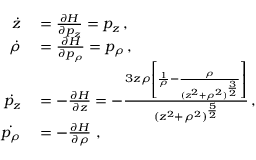
\begin{array} { r l } { \dot { z } } & { { } = \frac { \partial H } { \partial p _ { z } } = p _ { z } \, , } \\ { \dot { \rho } } & { { } = \frac { \partial H } { \partial p _ { \rho } } = p _ { \rho } \, , } \\ { \dot { p _ { z } } } & { { } = - \frac { \partial H } { \partial z } = - \frac { 3 z \rho \left[ \frac { 1 } { \rho } - \frac { \rho } { ( z ^ { 2 } + \rho ^ { 2 } ) ^ { \frac { 3 } { 2 } } } \right] } { ( z ^ { 2 } + \rho ^ { 2 } ) ^ { \frac { 5 } { 2 } } } \, , } \\ { \dot { p _ { \rho } } } & { { } = - \frac { \partial H } { \partial \rho } \ , } \end{array}